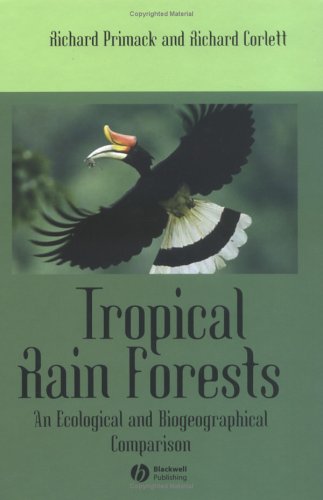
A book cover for Tropical Rain Forests: An Ecological and Biogeographical Comparison; Richard B. Primack; Science & Math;